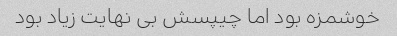
خوشمزه بود اما چیپسش بی نهایت زیاد بود